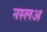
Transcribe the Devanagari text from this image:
नस्लअ